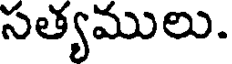
సత్యములు.